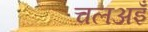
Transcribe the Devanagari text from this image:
चलअइँ